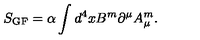
S _ { \mathrm { G F } } = \alpha \int d ^ { 4 } x B ^ { m } \partial ^ { \mu } A _ { \mu } ^ { m } .